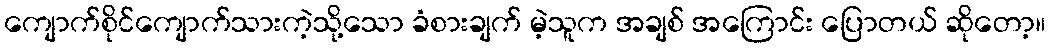
ကျောက်စိုင်ကျောက်သားကဲ့သို့သော ခံစားချက် မဲ့သူက အချစ် အကြောင်း ပြောတယ် ဆိုတော့။